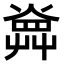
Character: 𤍚